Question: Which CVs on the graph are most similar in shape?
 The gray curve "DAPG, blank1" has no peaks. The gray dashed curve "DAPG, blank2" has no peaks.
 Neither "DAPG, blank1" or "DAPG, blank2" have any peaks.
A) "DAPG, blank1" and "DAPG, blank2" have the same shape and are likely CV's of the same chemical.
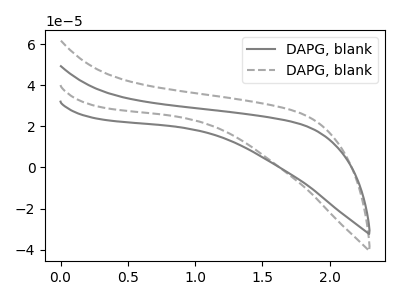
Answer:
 <answer>A) "DAPG, blank1" and "DAPG, blank2" have the same shape and are likely CV's of the same chemical.</answer>
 <eval>A</eval>